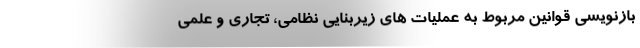
بازنویسی قوانین مربوط به عملیات های زیربنایی نظامی، تجاری و علمی